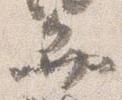
弁